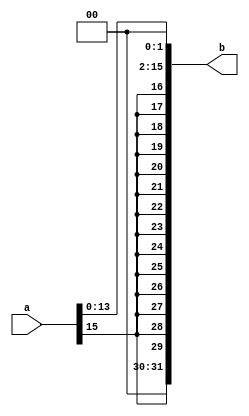
`timescale 1ns / 1ps
//////////////////////////////////////////////////////////////////////////////////
// Company: 
// Engineer: 
// 
// Design Name: 
// Module Name: ext18
// Project Name: 
// Target Devices: 
// Tool Versions: 
// Description: 
// 
// Dependencies: 
// 
// Revision:
// Revision 0.01 - File Created
// Additional Comments:
// 
//////////////////////////////////////////////////////////////////////////////////


module ext18(input [15:0] a,output [31:0] b);
assign b = {{14{a[15]}},a<<2};//1832
endmodule